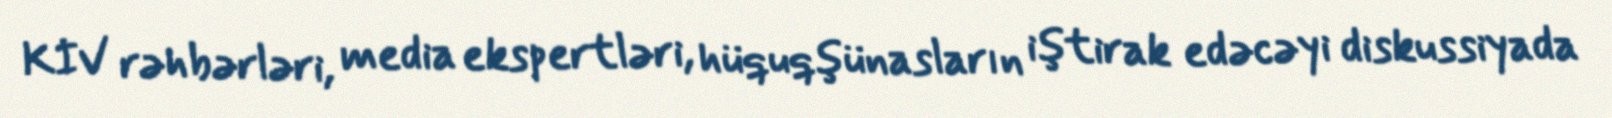
KİV rəhbərləri, media ekspertləri, hüquqşünasların iştirak edəcəyi diskussiyada